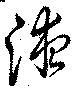
液